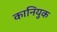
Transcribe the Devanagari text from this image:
कानियुक